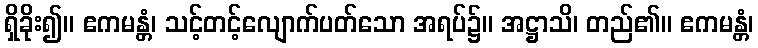
ရှိခိုး၍။ ဧကမန္တံ၊ သင့်တင့်လျောက်ပတ်သော အရပ်၌။ အဋ္ဌာသိ၊ တည်၏။ ဧကမန္တံ၊